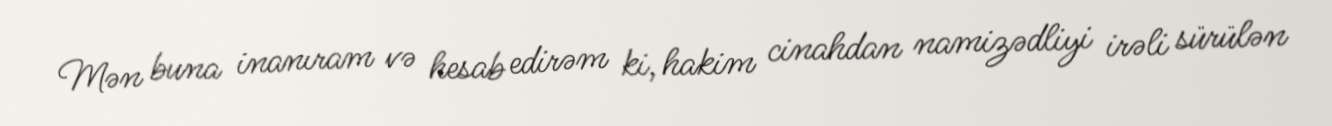
Mən buna inanıram və hesab edirəm ki, hakim cinahdan namizədliyi irəli sürülən